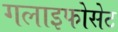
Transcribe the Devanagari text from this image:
गलाइफोसेट